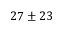
2 7 \pm 2 3